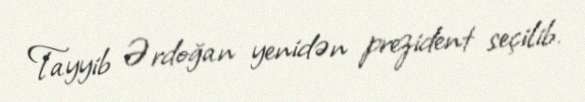
Tayyib Ərdoğan yenidən prezident seçilib.